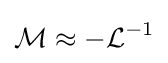
{\mathcal {M}}\approx -{\mathcal {L}}^{-1}